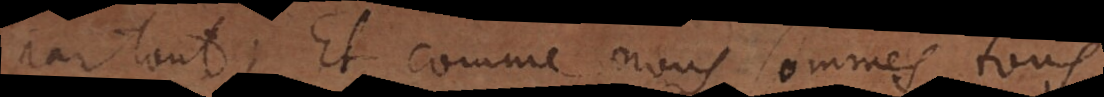
partout; Et comme nous sommes tous